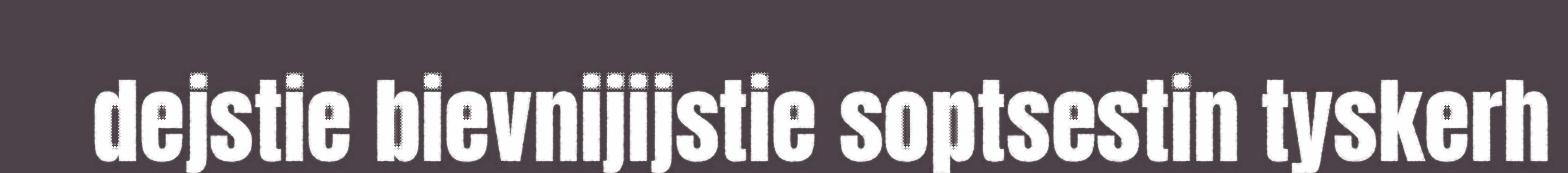
dejstie bievnijijstie soptsestin tyskerh